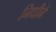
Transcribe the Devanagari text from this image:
निधीने